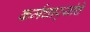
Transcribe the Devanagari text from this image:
कर्मचार्‍यांचे